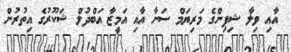
އާއި ވިލާ ޝިޕިންގެ މަރިޔަމް ސަނާ އާއި އަމީޒާ އަބްދުލް ޝަކޫރުގެ އިތުރުން